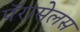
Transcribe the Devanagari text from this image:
पॅरासेलस